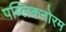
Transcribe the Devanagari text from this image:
पब्लिकनोरम